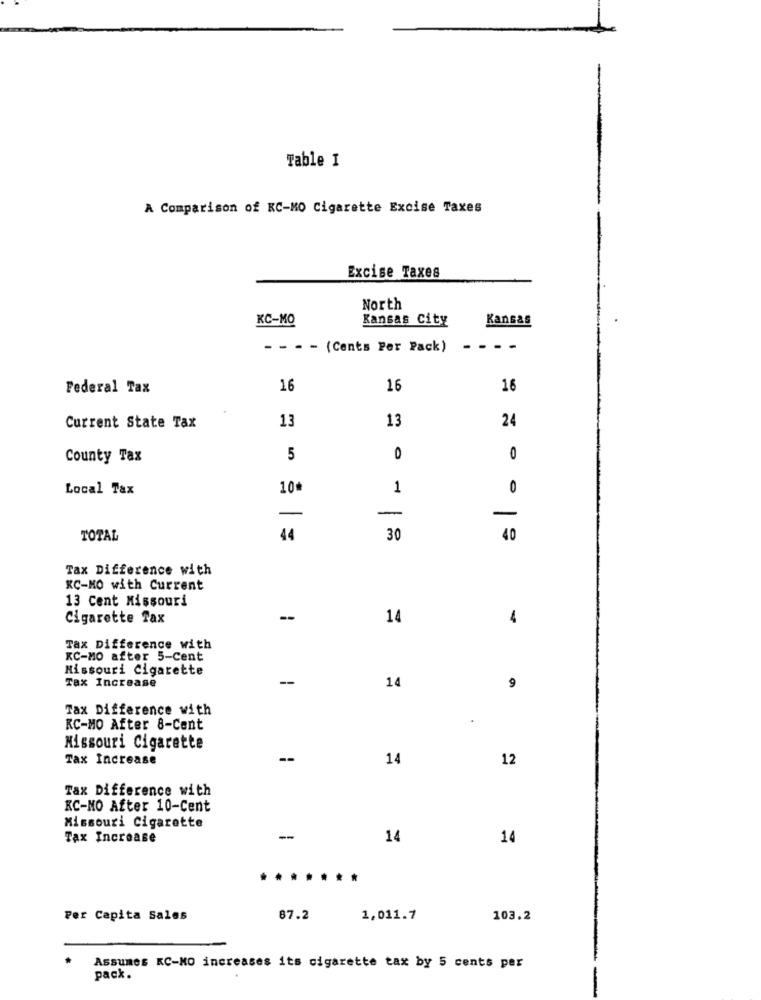
Table I
A Comparison of KC-MO Cigarette Excise Taxes
Excise Taxes
North
KC-MO
Kansas City
Kansas
- - - - (Cents Per Pack)
Federal Tax
16
16
16
13
13
24
Current State Tax
County Tax
5
0
0
Local Tax
10₺
1
0
-
-
TOTAL
44
30
40
Tax Difference with
KC-MO with Current
13 Cent Missouri
Cigarette Tax
-
14
4
Tax Difference with
KC-MO after 5-Cent
Missouri Cigarette
--
Tax Increase
14
9
Tax Difference with
KC-MO After 8-Cent
Missouri Cigarette
Tax Increase
--
14
12
Tax Difference with
KC-MO After 10-Cent
Missouri Cigarette
Tax Increase
-
14
14
.....**
Per Capita Sales
87.2
1,011.7
103.2
Assumes KC-NO increases its cigarette tax by 5 cents per
pack.